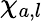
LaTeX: \chi_{a,l}